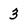
Character: 3